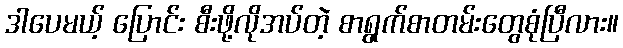
ဒါပေမယ့် ပြောင်း စီးဖို့လိုအပ်တဲ့ စာရွက်စာတမ်းတွေစုံပြီလား။